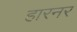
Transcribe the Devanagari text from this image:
हारनर